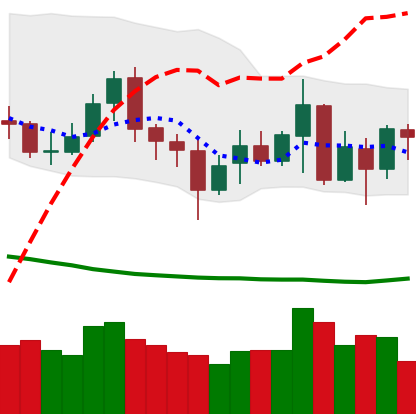
Ticker: XMR-USD
Chart end date: 2020-07-07
Forward return: 7.132%
Label: up_7plus